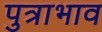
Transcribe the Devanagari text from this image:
पुत्राभाव